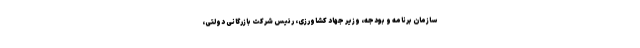
سازمان برنامه و بودجه، وزیر جهاد کشاورزی، رئیس شرکت بازرگانی دولتی،